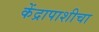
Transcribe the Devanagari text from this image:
केंद्रापाशीचा